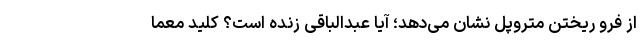
از فرو ریختن متروپل نشان می‌دهد؛ آیا عبدالباقی زنده است؟ کلید معما